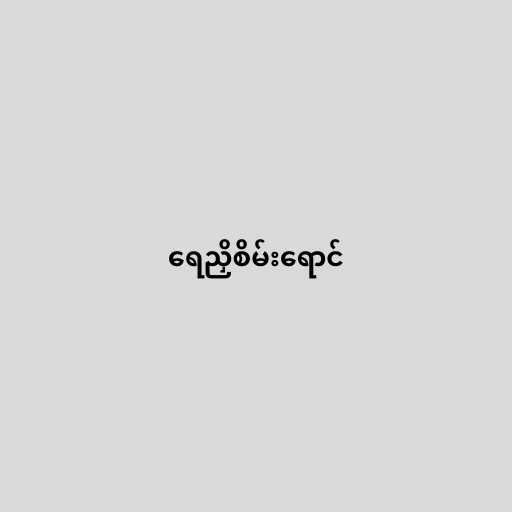
ရေညှိစိမ်းရောင်